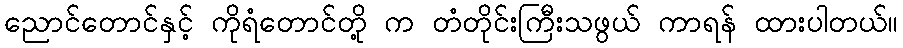
ညောင်တောင်နှင့် ကိုရံတောင်တို့ က တံတိုင်းကြီးသဖွယ် ကာရန် ထားပါတယ်။